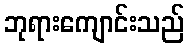
ဘုရားကျောင်းသည်